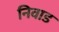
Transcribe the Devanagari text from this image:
निवाड